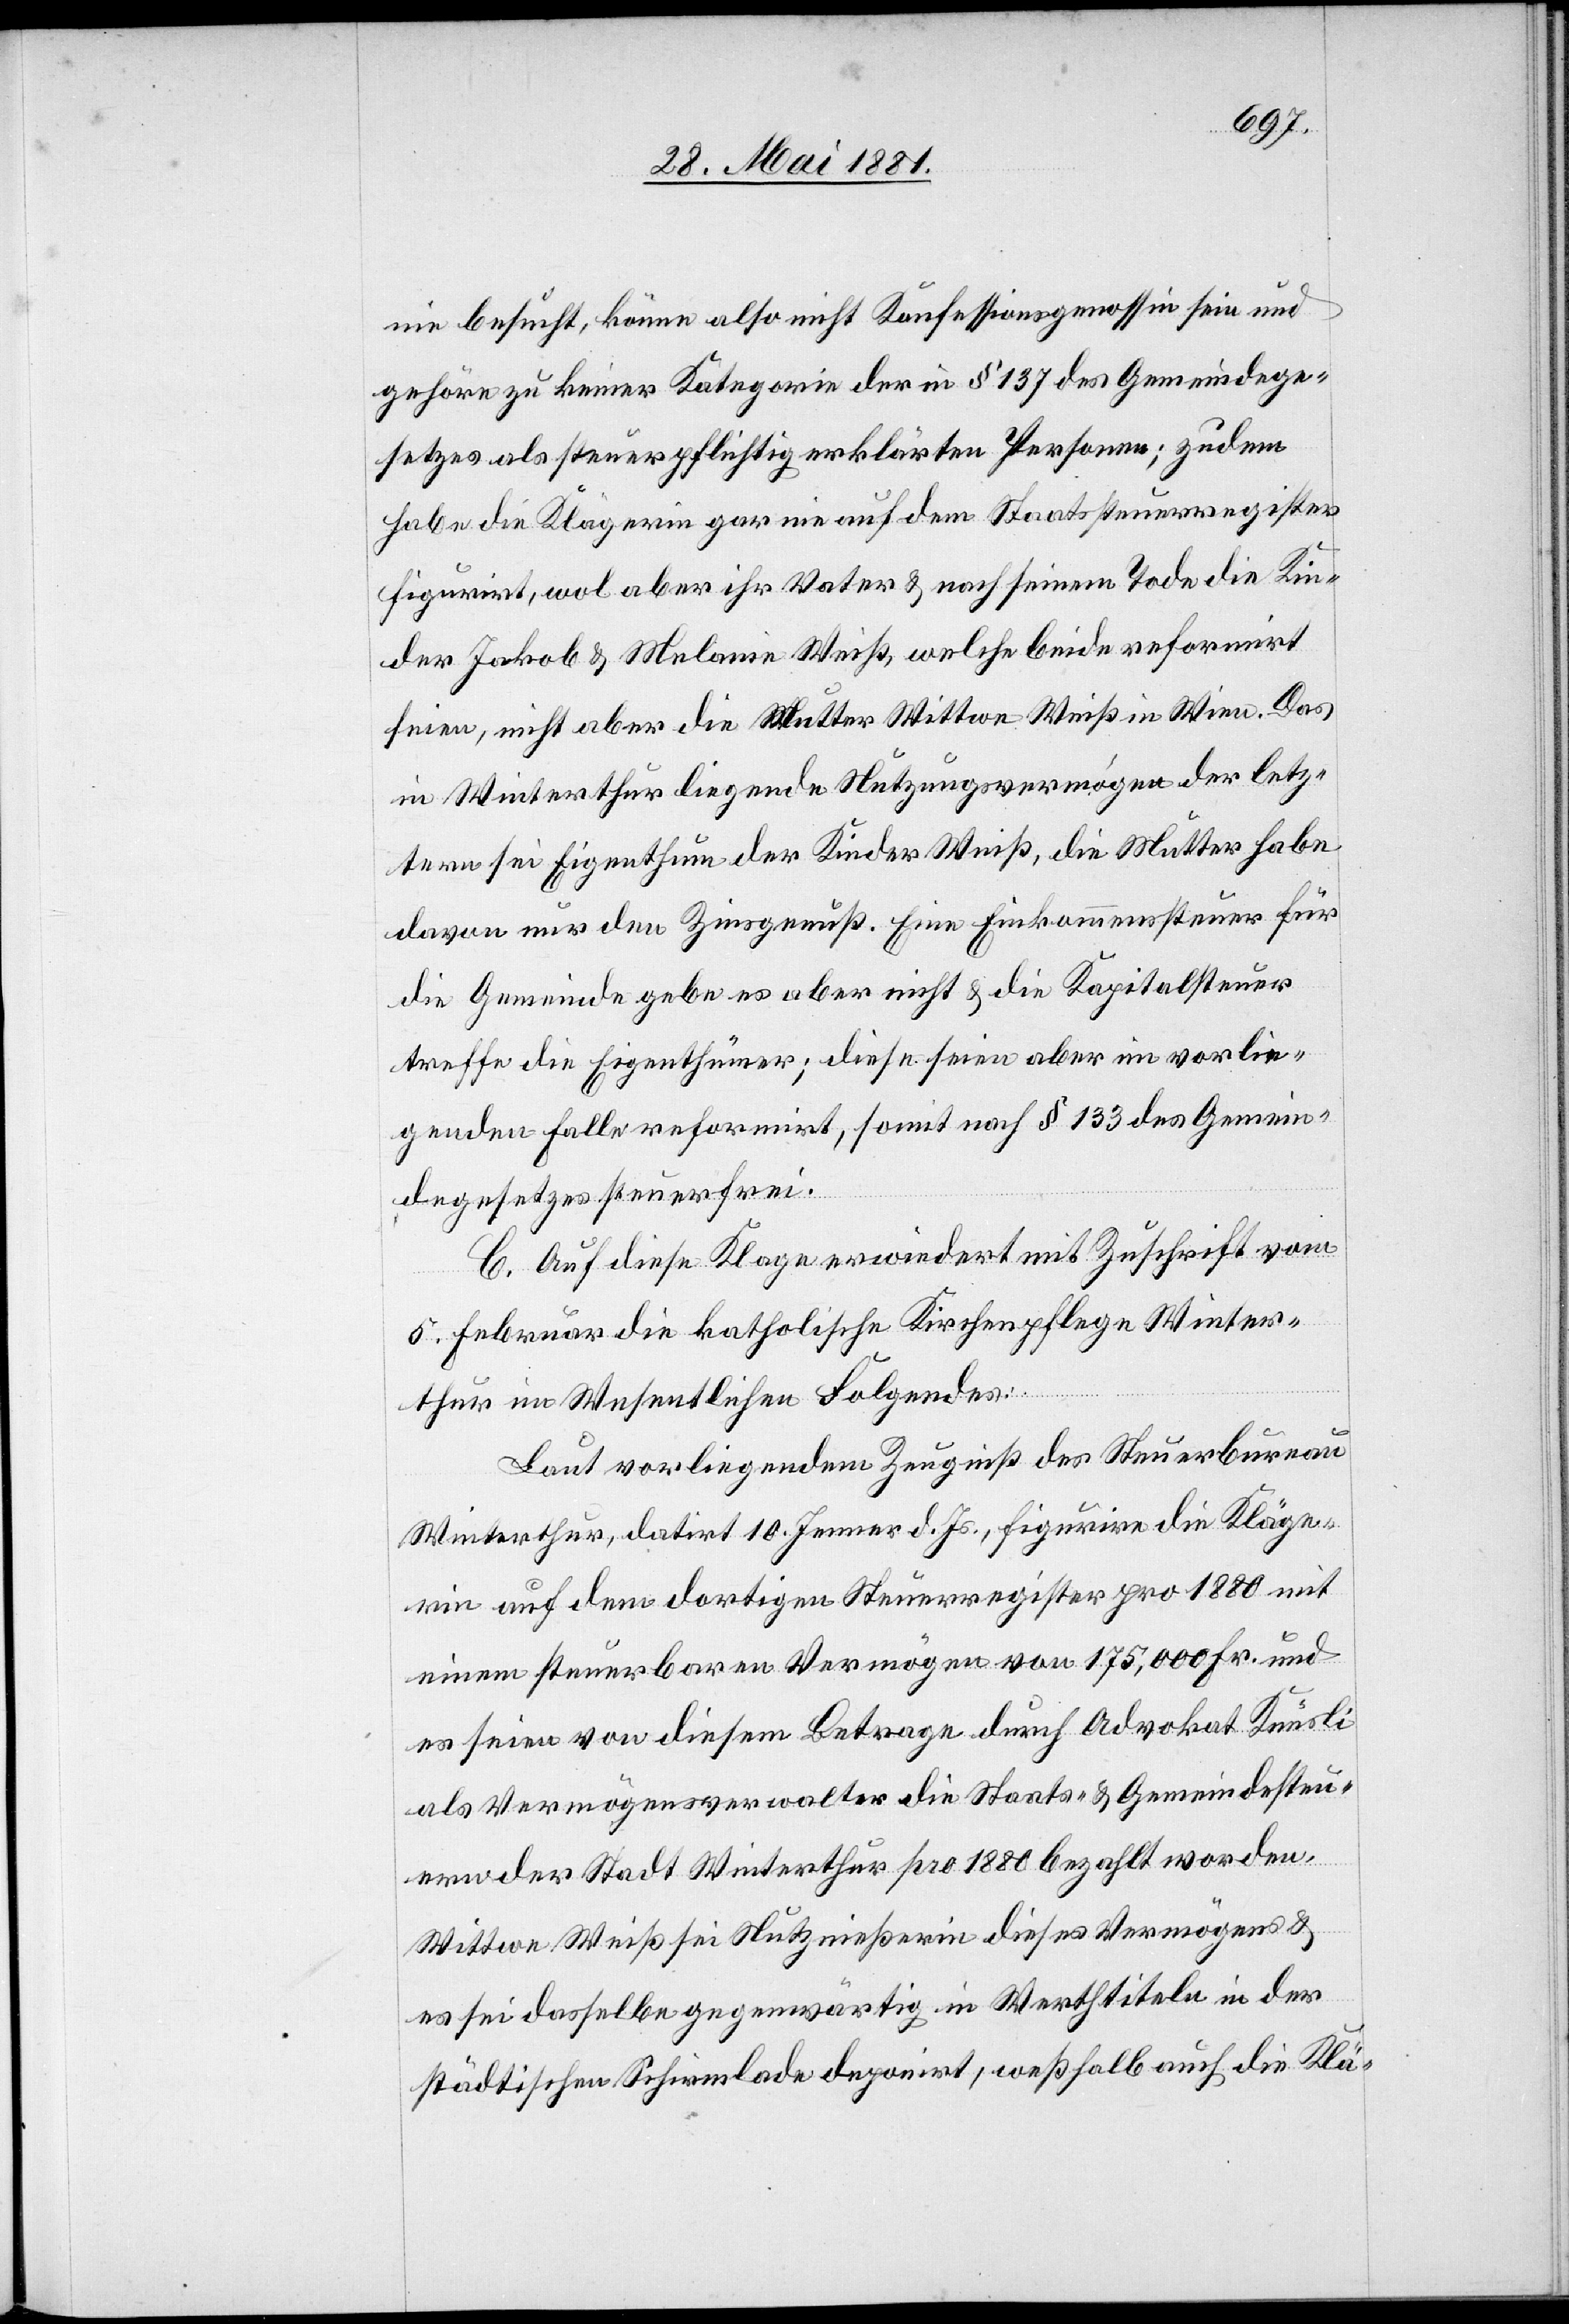
nie besucht, könne also nicht Konfessionsgenossin sein und
gehöre zu keiner Kategorie der in § 137 das Gemeindege¬
setzes als steuerpflichtig erklärten Personen; zudem
habe die Klägerin gar nie auf dem Staatssteuerregister
figurirt, wol aber ihr Vater & nach seinem Tode die Kin¬
der Jakob & Melanie Weiß, welche beide reformirt
seien, nicht aber die Mutter Wittwe Weiß in Wien. Das
in Winterthur liegende Nutzungsvermögen der letz¬
tern sei Eigenthum der Kinder Weiß, die Mutter habe
davon nur den Zinsgenuß. Eine Einkommenssteuer für
die Gemeinde gebe es aber nicht & die Kapitalsteuer
treffe die Eigenthümer; diese seien aber im vorlie¬
genden Falle reformirt, somit nach § 133 des Gemein¬
degesetzes steuerfrei.
C. Auf diese Klage erwiedert mit Zuschrift vom
5. Februar die katholische Kirchenpflege Winter¬
thur im Wesentlichen Folgendes:
Laut vorliegendem Zeugniß des Steuerbureau
Winterthur, datirt 10. Jenner d. Js., figurire die Kläge¬
rin auf dem dortigen Steuerregister pro 1880 mit
einem steuerbaren Vermögen von 175,000 Fr. und
es seien von diesem Betrage durch Advokat Künsli
als Vermögensverwalter die Staats- & Gemeindesteu¬
ern der Stadt Winterthur pro 1880 bezahlt worden.
Wittwe Weiß sei Nutznießerin dieses Vermögens &
es sei dasselbe gegenwärtig in Werthtiteln in der
städtischen Schirmlade deponirt, weßhalb auch die Klä-